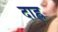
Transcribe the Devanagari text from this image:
दाह्ल